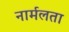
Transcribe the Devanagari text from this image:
नार्मलता